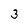
Character: 3